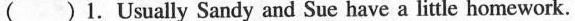
()1.Usually Sandy and Sue have a little homework.